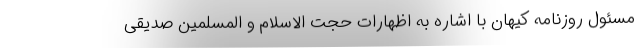
مسئول روزنامه کیهان با اشاره به اظهارات حجت الاسلام و المسلمین صدیقی